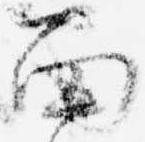
面